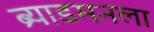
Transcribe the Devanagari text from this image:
ब्र्याडमनला